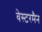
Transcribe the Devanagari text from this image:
वेस्टरमैन